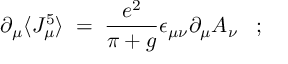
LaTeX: \partial _ { \mu } \langle J _ { \mu } ^ { 5 } \rangle \; = \; \frac { e ^ { 2 } } { \pi + g } \epsilon _ { \mu \nu } \partial _ { \mu } A _ { \nu } \; \; \; ;